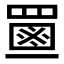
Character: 𦋶